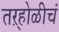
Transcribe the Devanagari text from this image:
तऱ्होळीचं